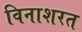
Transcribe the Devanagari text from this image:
विनाशरत